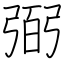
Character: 弼